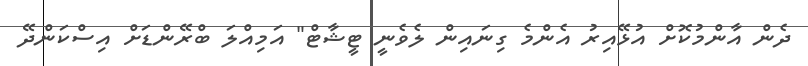
ދެން އާންމުކޮށް އުޅޭއިރު އެންމެ ގިނައިން ލެވެނީ ޓީޝާޓް" އަމިއްލަ ބްރޭންޑަށް އިސްކަންދޭ